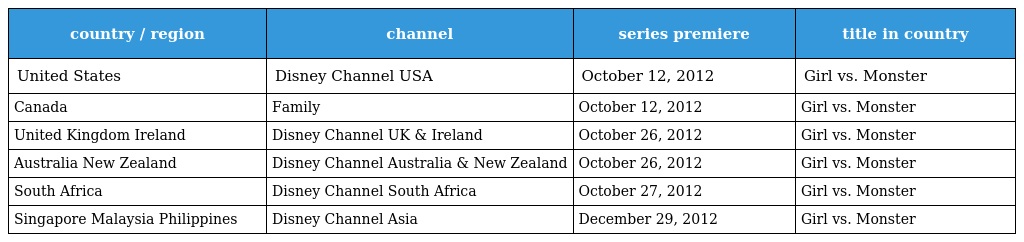
| country / region | channel | series premiere | title in country |
 | --- | --- | --- | --- |
 | United States | Disney Channel USA | October 12, 2012 | Girl vs. Monster |
 | Canada | Family | October 12, 2012 | Girl vs. Monster |
 | United Kingdom Ireland | Disney Channel UK & Ireland | October 26, 2012 | Girl vs. Monster |
 | Australia New Zealand | Disney Channel Australia & New Zealand | October 26, 2012 | Girl vs. Monster |
 | South Africa | Disney Channel South Africa | October 27, 2012 | Girl vs. Monster |
 | Singapore Malaysia Philippines | Disney Channel Asia | December 29, 2012 | Girl vs. Monster |